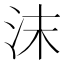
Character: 沫